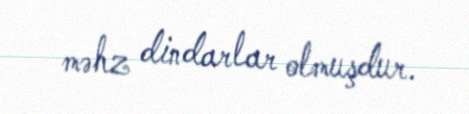
məhz dindarlar olmuşdur.